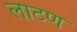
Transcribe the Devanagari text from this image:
लाटण